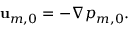
\begin{array} { r } { \mathbf { u } _ { m , 0 } = - \nabla p _ { m , 0 } . } \end{array}